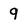
Character: 9